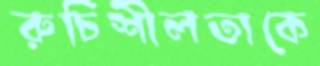
রুচিশীলতাকে